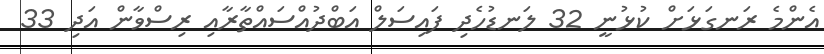
އެެންމެ ރަނގަޅަށް ކުޅުނީ 32 ލަނޑުހެދި ފައިސަލް އަބްދުއްސައްތާރާއި ރިސްވާން އަދި 33